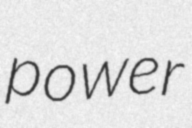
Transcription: power